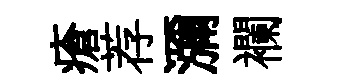
瘡荐瀰襴